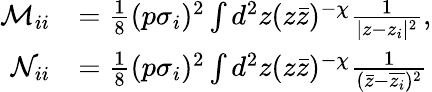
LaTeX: \begin{array}{rl}{\mathcal M_{ii}}&{=\frac{1}{8}(p\sigma_{i})^{2}\int d^{2}z(z\bar{z})^{-\chi}\frac{1}{|z-z_{i}|^{2}},}\\ {\mathcal N_{ii}}&{=\frac{1}{8}(p\sigma_{i})^{2}\int d^{2}z(z\bar{z})^{-\chi}\frac{1}{(\bar{z}-\overline{{z_{i}}})^{2}}}\end{array}